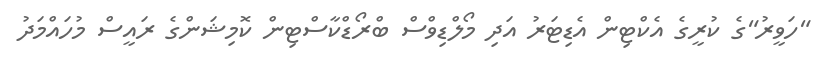
"ހަވީރު"ގެ ކުރީގެ އެކްޓިން އެޑިޓަރު އަދި މޯލްޑިވްސް ބްރޯޑްކާސްޓިން ކޮމިޝަންގެ ރައީސް މުހައްމަދު